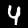
Digit: 4